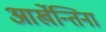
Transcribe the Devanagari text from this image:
आर्खेन्तिना